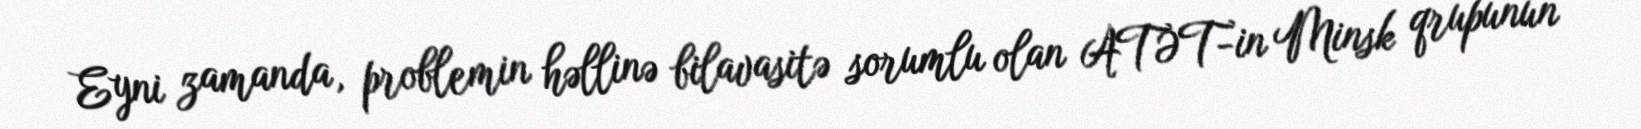
Eyni zamanda, problemin həllinə bilavasitə sorumlu olan ATƏT-in Minsk qrupunun